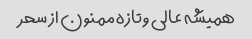
همیشه عالی وتازه ممنون از سحر